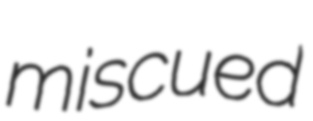
miscued